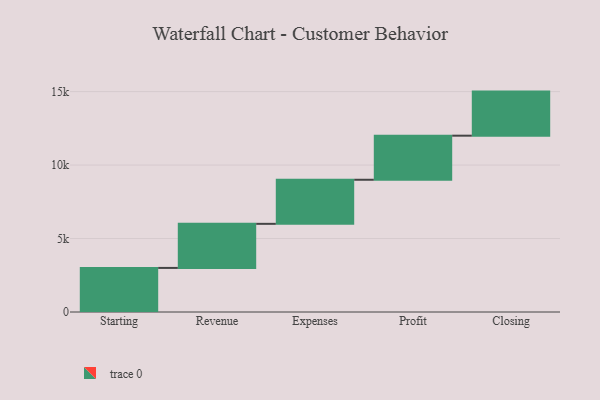
{"axis": {"x": "Step", "y": "Value"}, "legend": [""], "data": [{"x": "Starting", "y": 3000, "type": ""}, {"x": "Revenue", "y": 3000, "type": ""}, {"x": "Expenses", "y": 3000, "type": ""}, {"x": "Profit", "y": 3000, "type": ""}, {"x": "Closing", "y": 3000, "type": ""}]}